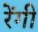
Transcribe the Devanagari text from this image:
रेंगी